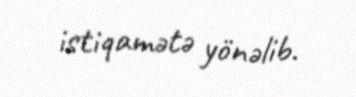
istiqamətə yönəlib.